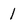
Character: 1